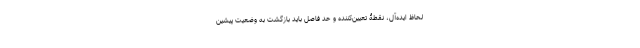
لحاظ ایده‌آل، نقطۀ تعیین‌کننده و حد فاصل باید بازگشت به وضعیت پیشین